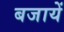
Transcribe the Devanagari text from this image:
बजायें